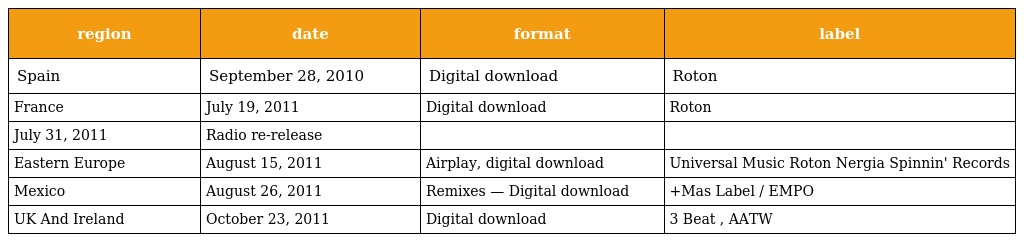
| region | date | format | label |
 | --- | --- | --- | --- |
 | Spain | September 28, 2010 | Digital download | Roton |
 | France | July 19, 2011 | Digital download | Roton |
 | July 31, 2011 | Radio re-release |  |  |
 | Eastern Europe | August 15, 2011 | Airplay, digital download | Universal Music Roton Nergia Spinnin' Records |
 | Mexico | August 26, 2011 | Remixes — Digital download | +Mas Label / EMPO |
 | UK And Ireland | October 23, 2011 | Digital download | 3 Beat , AATW |